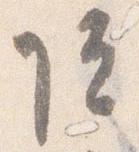
院